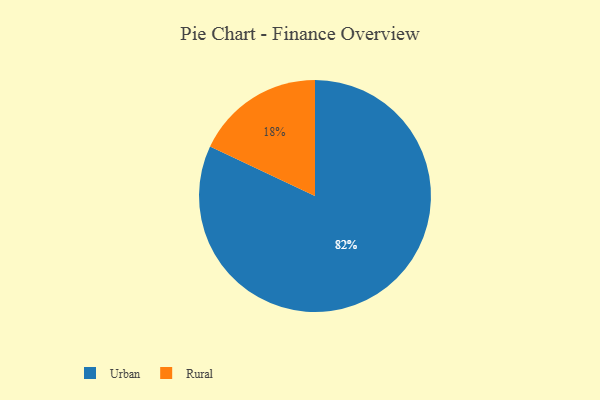
{"axis": {"x": "Category", "y": "Percentage"}, "legend": ["Rural", "Urban"], "data": [{"x": "Rural", "y": 18, "type": "Rural"}, {"x": "Urban", "y": 82, "type": "Urban"}]}